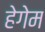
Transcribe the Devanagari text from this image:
हेगेम